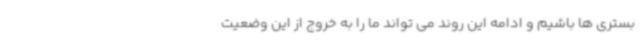
بستری ها باشیم و ادامه این روند می تواند ما را به خروج از این وضعیت